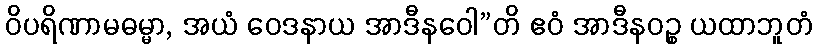
ဝိပရိဏာမဓမ္မာ, အယံ ဝေဒနာယ အာဒီနဝေါ”တိ ဧဝံ အာဒီနဝဉ္စ ယထာဘူတံ